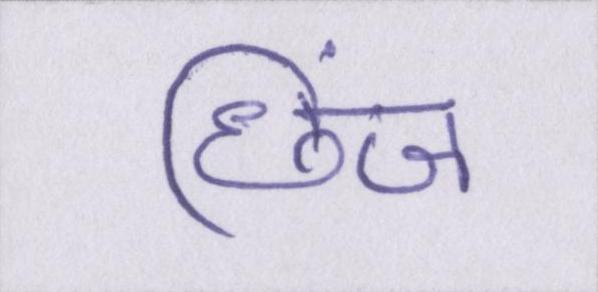
छिंज